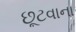
છૂટવાના